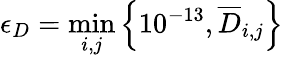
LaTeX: \epsilon_{D}=\operatorname*{min}_{i,j}\left\{ 10^{-13},\overline{{D}}_{i,j}\right\}